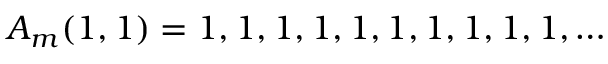
A _ { m } ( 1 , 1 ) = 1 , 1 , 1 , 1 , 1 , 1 , 1 , 1 , 1 , 1 , \ldots